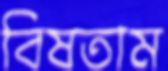
বিষতাম